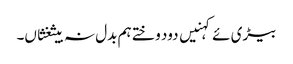
بیڑی ئے کہنیں دود وختے ہم بدل نہ بیثغثاں۔